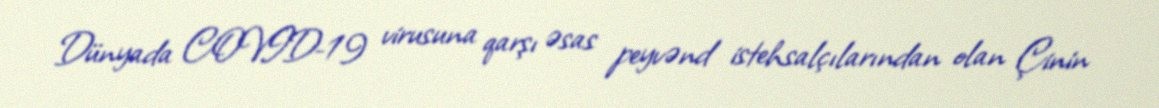
Dünyada COVID-19 virusuna qarşı əsas peyvənd istehsalçılarından olan Çinin